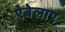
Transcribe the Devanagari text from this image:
ऐबेलाए